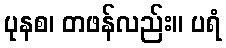
ပုနစ၊ တဖန်လည်း။ ပရံ